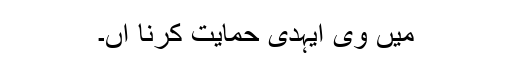
میں وی ایہدی حمایت کرنا آں۔